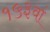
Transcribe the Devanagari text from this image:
१५३वां